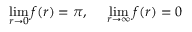
\operatorname * { l i m } _ { r \rightarrow 0 } f ( r ) = \pi , \: \: \: \: \: \: \operatorname * { l i m } _ { r \rightarrow \infty } f ( r ) = 0